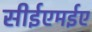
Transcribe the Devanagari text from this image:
सीईएमईए